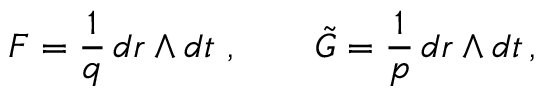
F = \frac { 1 } { q } \, d r \wedge d t \ , \qquad \tilde { G } = \frac { 1 } { p } \, d r \wedge d t \, ,